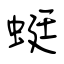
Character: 蜓